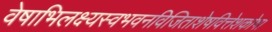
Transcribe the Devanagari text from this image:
वेषाभिलक्ष्यस्वभवनविजिताशेषवित्तेशकोषा